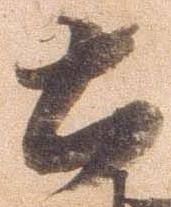
土